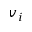
v _ { i }